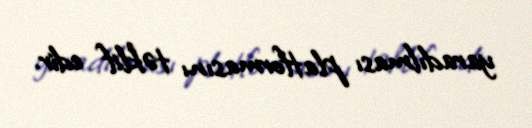
yaradılması platformasını təklif edir.